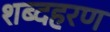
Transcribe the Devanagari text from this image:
शब्दहरण